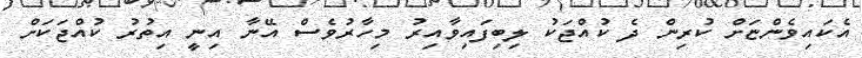
އެކައިވެންޏަށް ކުރިން ދެ ކުއްޖަކު ލިބިފައިވާއިރު މިހާރުވެސް އޭނާ އިނީ އިތުރު ކުއްޖަކަށް